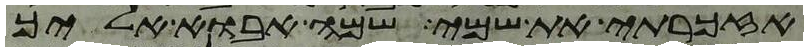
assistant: אזכרתי את שמי שמה אבוא אליך